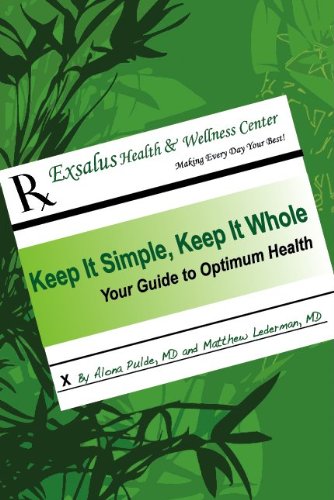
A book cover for Keep It Simple, Keep It Whole: Your Guide To Optimum Health; Alona Pulde; Medical Books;